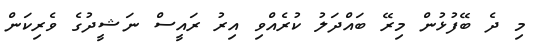
މި ދެ ބޭފުޅުން މިރޭ ބައްދަލު ކުރެއްވި އިރު ރައީސް ނަޝީދުގެ ވެރިކަން